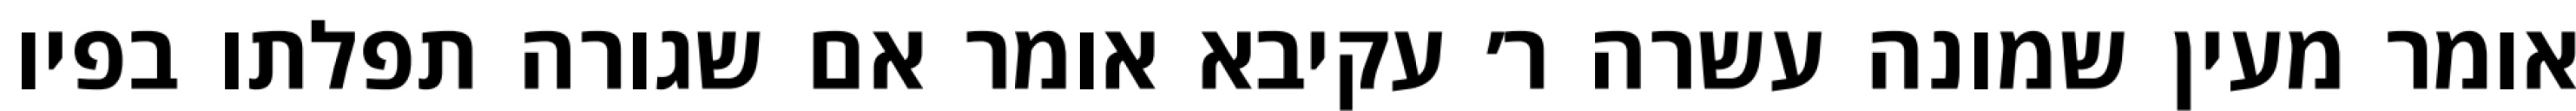
אומר מעין שמונה עשרה ר׳ עקיבא אומר אם שגורה תפלתו בפיו